Reports on dispensaries and lunatic asylums in the Province of Oudh - 1869-1876
Year: 1869
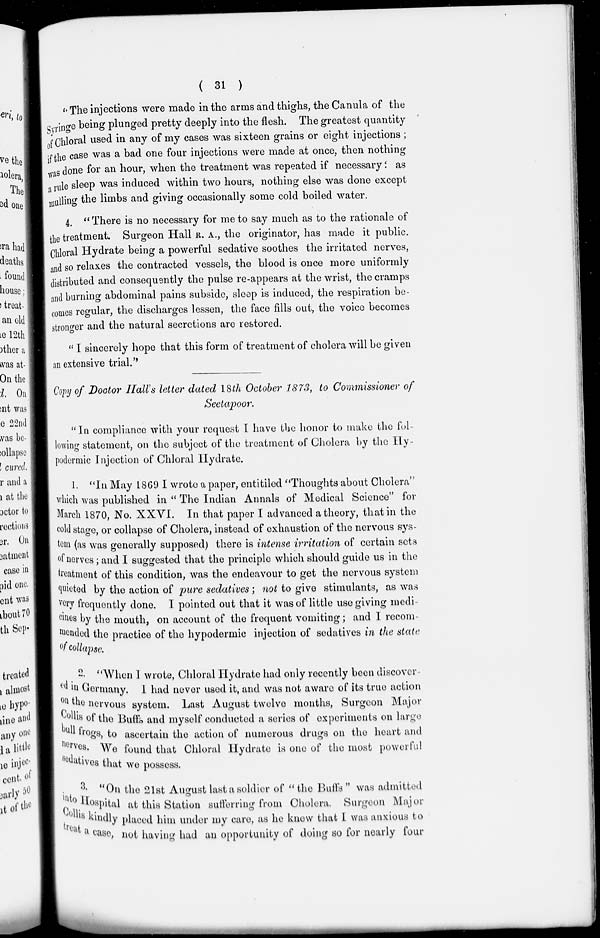
( 31 )
" The injections were made in the arms and thighs, the Canula of the
Syringe being plunged pretty deeply into the flesh. The greatest quantity
of Chloral used in any of my cases was sixteen grains or eight injections ;
if the case was a bad one four injections were made at once, then nothing
was done for an hour, when the treatment was repeated if necessary ; as
a rule sleep was induced within two hours, nothing else was done except
mulling the limbs and giving occasionally some cold boiled water.
4. " There is no necessary for me to say much as to the rationale of
the treatment. Surgeon Hall R. A., the originator, has made it public.
Chloral Hydrate being a powerful sedative soothes the irritated nerves,
and so relaxes the contracted vessels, the blood is once more uniformly
distributed and consequently the pulse re-appears at the wrist, the cramps
and burning abdominal pains subside, sleep is induced, the respiration be-
comes regular, the discharges lessen, the face fills out, the voice becomes
stronger and the natural secretions are restored.
" I sincerely hope that this form of treatment of cholera will be given
an extensive trial.''
Copy of Doctor Hall's letter dated 18th October 1873, to Commissioner of
Seetapoor.
"In compliance with your request I have the honor to make the fol-
lowing statement, on the subject of the treatment of Cholera by the Hy-
podermic Injection of Chloral Hydrate.
1. "In May 1869 I wrote a paper, entitiled "Thoughts about Cholera"
which was published in " The Indian Annals of Medical Science'' for
March 1870, No. XXVI. In that paper I advanced a theory, that in the
cold stage, or collapse of Cholera, instead of exhaustion of the nervous sys-
tem (as was generally supposed) there is intense irritation of certain sets
of nerves; and I suggested that the principle which should guide us in the
treatment of this condition, was the endeavour to get the nervous system
quieted by the action of pure sedatives ; not to give stimulants, as was
very frequently done. I pointed out that it was of little use giving medi-
cines by the mouth, on account of the frequent vomiting; and I recom-
mended the practice of the hypodermic injection of sedatives in the state
of collapse.
2. "When I wrote, Chloral Hydrate had only recently been discover-
in Germany. I had never used it, and was not aware of its true action
on the nervous system. Last August twelve months, Surgeon Major
collis of the Buffs and myself conducted a series of experiments on large
"frogs, to ascertain the action of numerous drugs on the heart and
nerves. We found that Chloral Hydrate is one of the most powerful
sedatives that we possess.
3. "On the 21st August last a soldier of "the Buffs" was admitted
into Hospital at this Station sufferring from Cholera. Surgeon Major
Collis kindly placed him under my care, as he knew that I was anxious to
treat a case, not having had an opportunity of doing so for nearly four